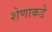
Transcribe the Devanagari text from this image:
शेणाकडे